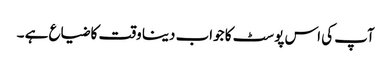
آپ کی اس پوسٹ کا جواب دینا وقت کا ضیاع ہے ۔